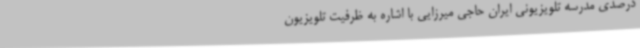
درصدی مدرسه تلویزیونی ایران حاجی میرزایی با اشاره به ظرفیت تلویزیون